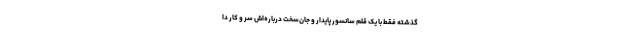
گذشته فقط با یک قلم سانسور پایدار و جان‌سخت درباره‌اش سر و کار دا